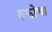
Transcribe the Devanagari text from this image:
रुफोचा